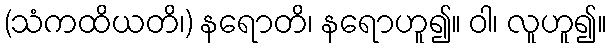
(သံကထိယတိ၊) နရောတိ၊ နရောဟူ၍။ ဝါ၊ လူဟူ၍။